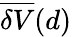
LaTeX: \overline{{\delta V}}(d)